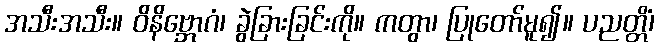
အသီးအသီး။ ဝိနိဗ္ဘောဂံ၊ ခွဲခြားခြင်းကို။ ကတွာ၊ ပြုတော်မူ၍။ ပညတ္တိံ၊